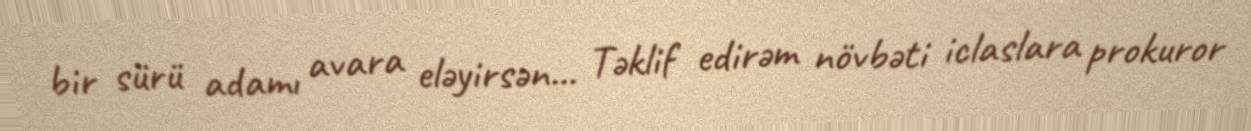
bir sürü adamı avara eləyirsən... Təklif edirəm növbəti iclaslara prokuror